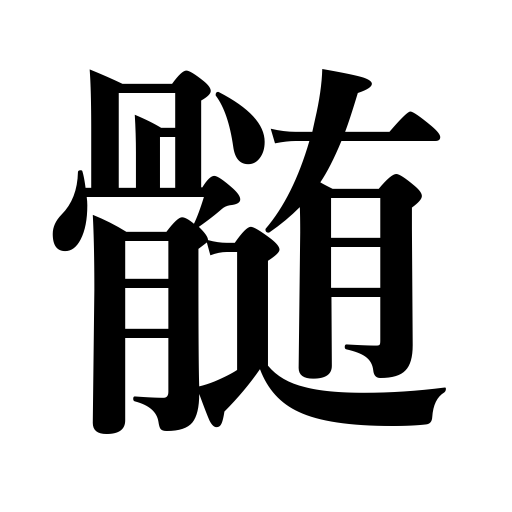
Meanings: pith,marrow